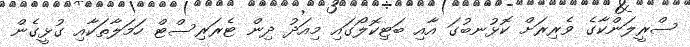
ސްރީލަންކާގެ ވެރިރަށް ކޮޅުނބުގަ އާއި ބަޓިކޮލޯގައި މިއަދު ދިން ޓެރަރިސްޓް ހަމަލާތަކާއި ގުޅީގެން